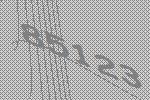
85123